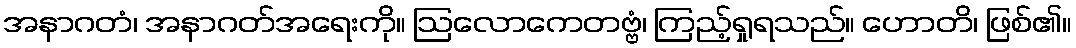
အနာဂတံ၊ အနာဂတ်အရေးကို။ ဩလောကေတဗ္ဗံ၊ ကြည့်ရှုရသည်။ ဟောတိ၊ ဖြစ်၏။